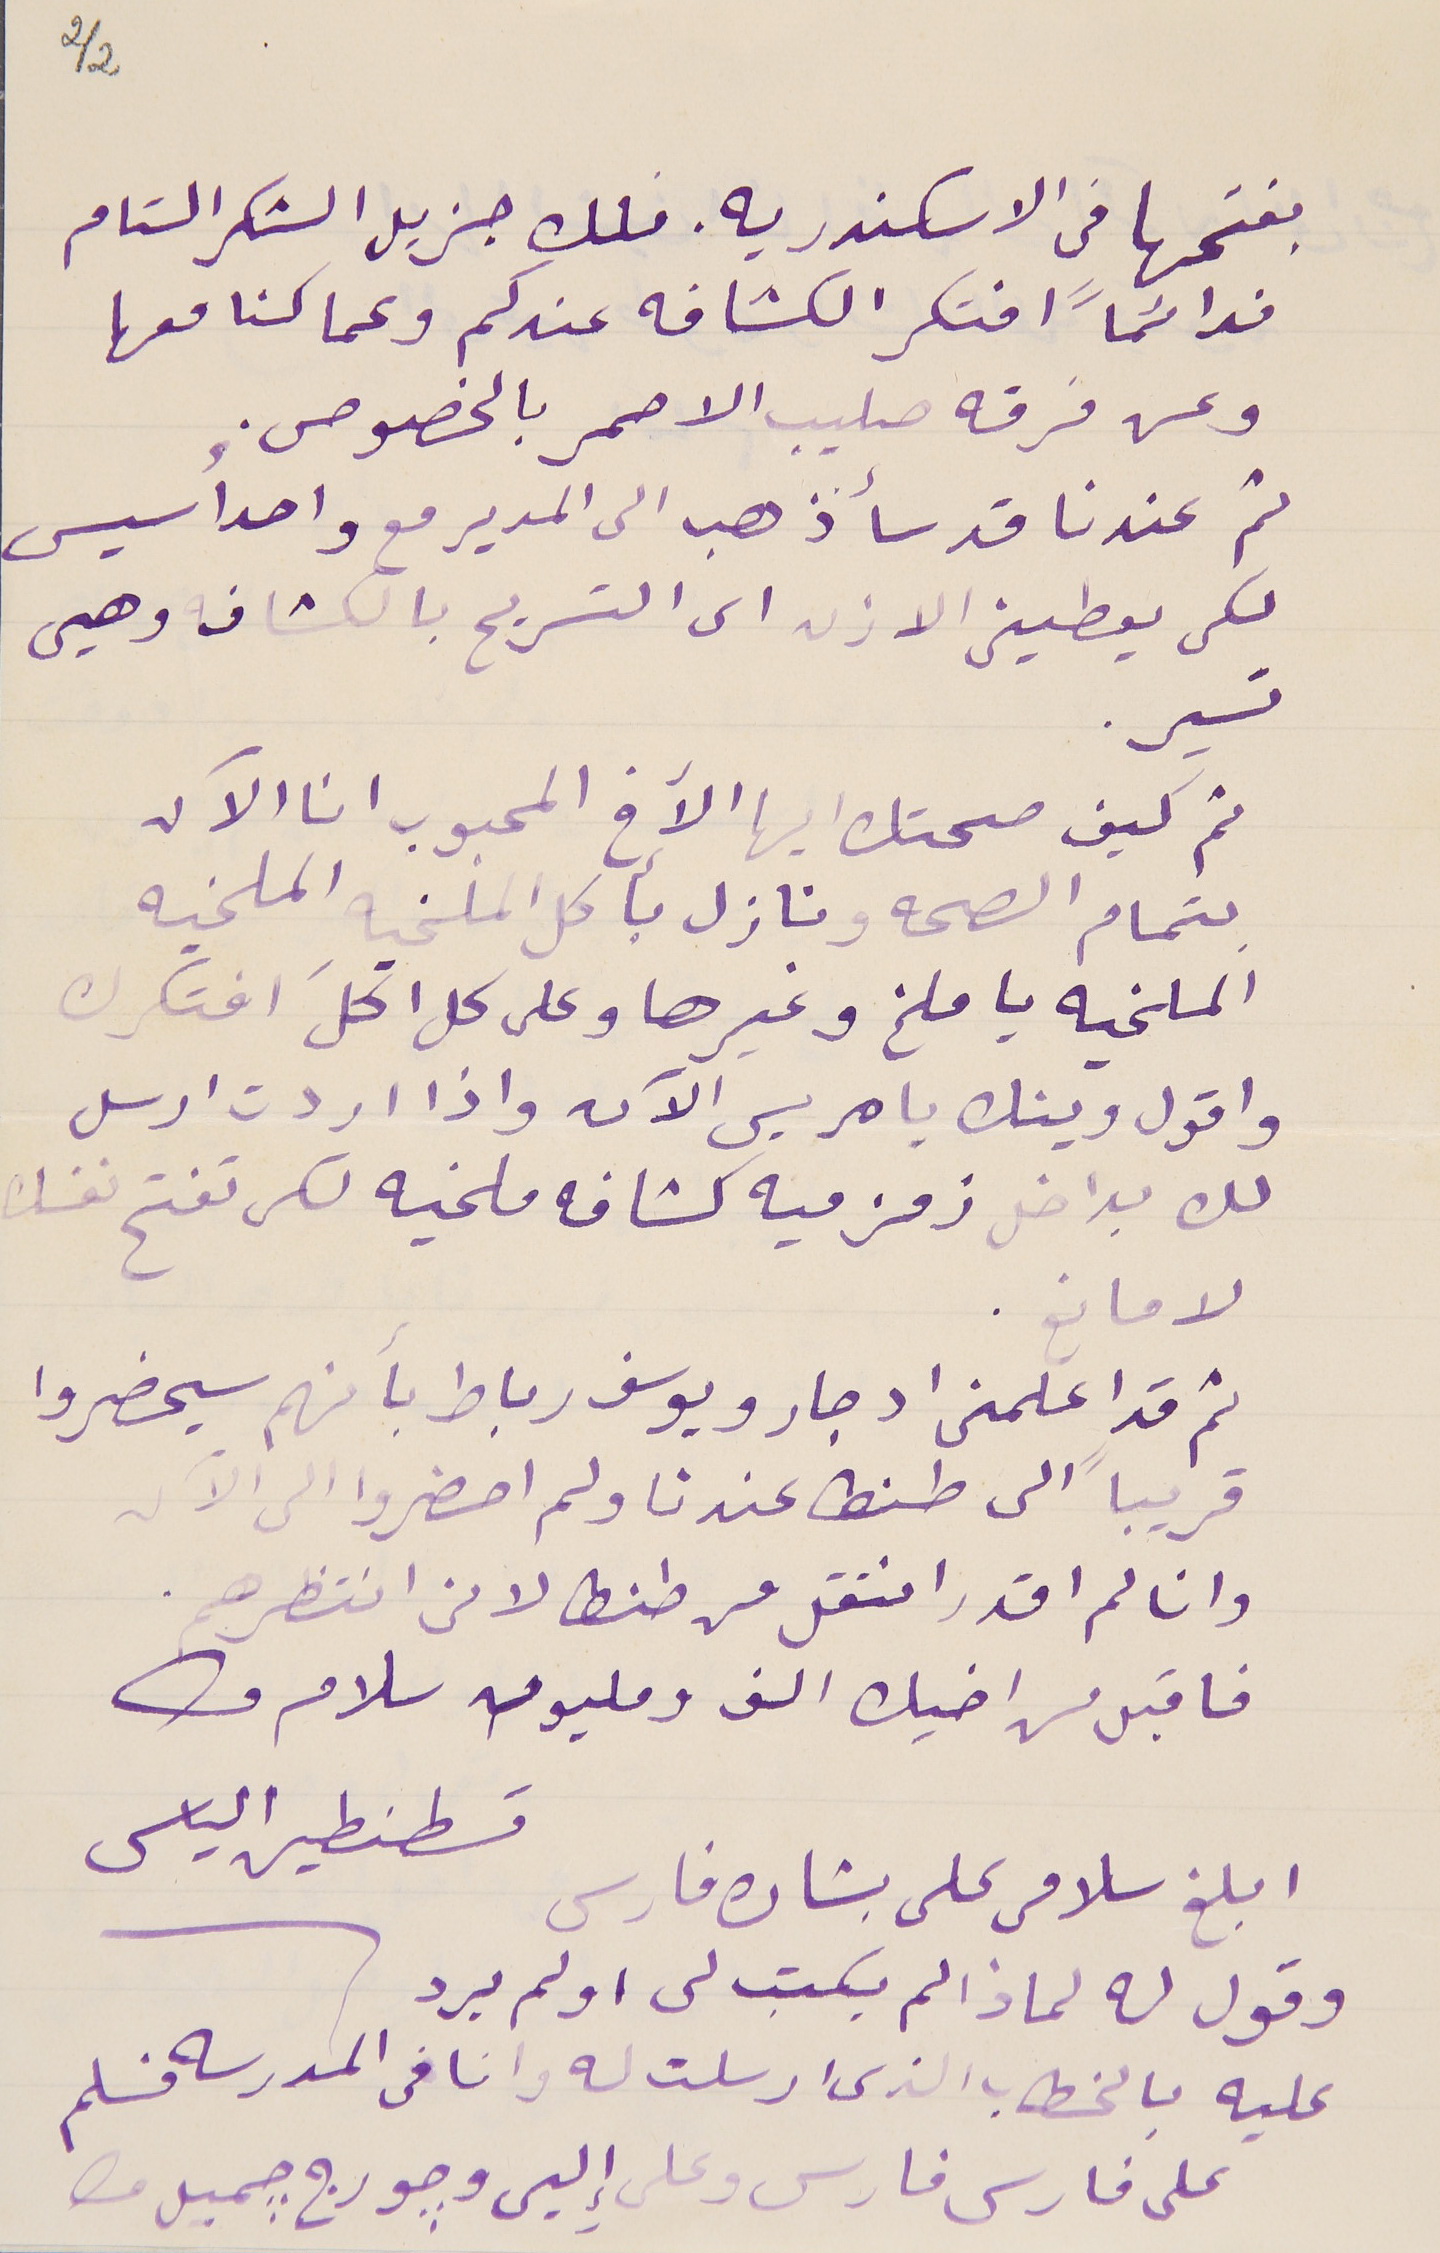
2/2
بفتحها فى الاسكندريه. فلك جزيل الشكر التام
فدائماً افتكر الكشافه عندكم وعما كنا معها
وعن فرقه صليب الاحمر بالخصوص.
ثم عندنا قد سأذهب الى المدير مع واحد أسيس
لكى يعطينى الاذن الى التسريح بالكشاف وهيى
تسير.
ثم كيف صحتك ايها الآخ المحبوب انا الآن
بتمام الصحه ونازل بأكل الملخيه الملخيه
الملخيه يا ملخ وغيرها وعلى كل اكلَ افتكرك
واقول وينك يا مريس الآن واذا اردت ارسل
لك بداخل زمزميه كشافه ملخيه لكى تفتح نفسك
لا مانع.
ثم قد اعلمنى ادجار ويوسف رباط بانهم سيحضروا
قريباً الى طنطا عندنا ولم احضروا الى الآن
وانا لم اقدر انتقل من طنطا لانى انتظرهم.
فاقبل من اخيك الف ومليون سلام
 قسطنطين الياس
وقول له لماذا لم يكتب لى او لم يرد
عليه بالخطاب الذى ارسلت له وانا فى المدرسه فسلم
على فارس وعلى إِلين وجورج جميل
ابلغ سلامى على بشاره فارس